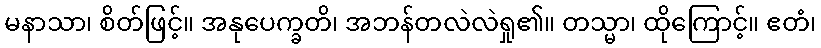
မနာသာ၊ စိတ်ဖြင့်။ အနုပေက္ခတိ၊ အဘန်တလဲလဲရှု၏။ တသ္မာ၊ ထိုကြောင့်။ ဧတံ၊